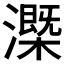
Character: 𰝧